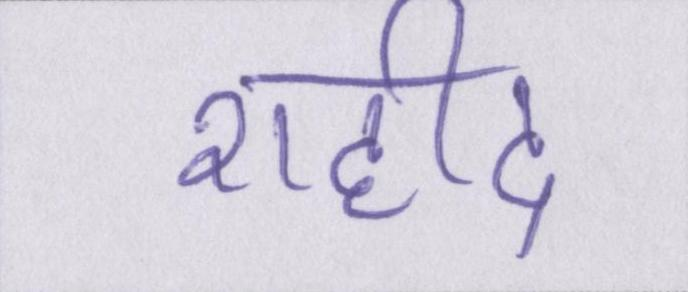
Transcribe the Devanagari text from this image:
शहीद